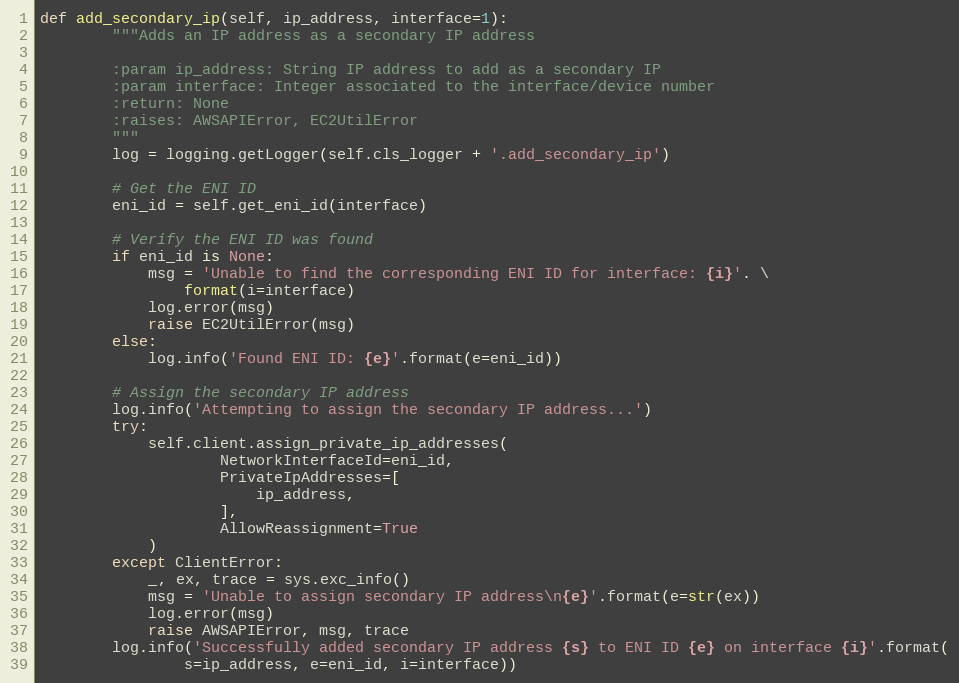
Language: Python
def add_secondary_ip(self, ip_address, interface=1):
        """Adds an IP address as a secondary IP address

        :param ip_address: String IP address to add as a secondary IP
        :param interface: Integer associated to the interface/device number
        :return: None
        :raises: AWSAPIError, EC2UtilError
        """
        log = logging.getLogger(self.cls_logger + '.add_secondary_ip')

        # Get the ENI ID
        eni_id = self.get_eni_id(interface)

        # Verify the ENI ID was found
        if eni_id is None:
            msg = 'Unable to find the corresponding ENI ID for interface: {i}'. \
                format(i=interface)
            log.error(msg)
            raise EC2UtilError(msg)
        else:
            log.info('Found ENI ID: {e}'.format(e=eni_id))

        # Assign the secondary IP address
        log.info('Attempting to assign the secondary IP address...')
        try:
            self.client.assign_private_ip_addresses(
                    NetworkInterfaceId=eni_id,
                    PrivateIpAddresses=[
                        ip_address,
                    ],
                    AllowReassignment=True
            )
        except ClientError:
            _, ex, trace = sys.exc_info()
            msg = 'Unable to assign secondary IP address\n{e}'.format(e=str(ex))
            log.error(msg)
            raise AWSAPIError, msg, trace
        log.info('Successfully added secondary IP address {s} to ENI ID {e} on interface {i}'.format(
                s=ip_address, e=eni_id, i=interface))